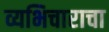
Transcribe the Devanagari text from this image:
व्यभिचाराचा